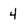
Character: 4